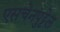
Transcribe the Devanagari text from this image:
एसचेनपुट्टेल